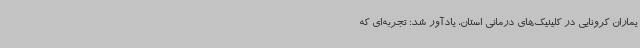
یماران کرونایی در کلینیک‌های درمانی استان، یادآور شد: تجربه‌ای که